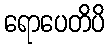
ရောပေတိပိ